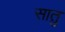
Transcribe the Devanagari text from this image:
सातु